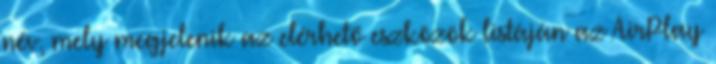
név, mely megjelenik az elérhető eszközök listáján az AirPlay